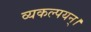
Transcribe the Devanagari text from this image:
व्यकल्पयन्।